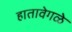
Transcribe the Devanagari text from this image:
हातावेगळे